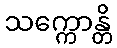
သက္ကောန္တိ